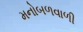
મનોબળવાળી